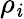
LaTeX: \rho_{\mathit{i}}